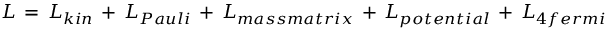
{ \cal L } \, = \, { \cal L } _ { k i n } \, + \, { \cal L } _ { P a u l i } \, + \, { \cal L } _ { m a s s m a t r i x } \, + \, { \cal L } _ { p o t e n t i a l } \, + \, { \cal L } _ { 4 f e r m i }